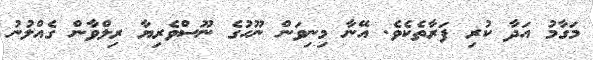
މަގާމު އަދާ ކުރި ފަރާތެކެވެ. އޭނާ މިނިވަން ނޫހުގެ ނޫސްވެރިޔާ ރިލްވާން ގެއްލުނު